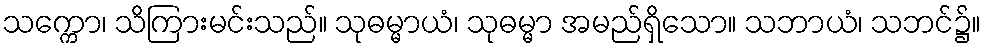
သက္ကော၊ သိကြားမင်းသည်။ သုဓမ္မာယံ၊ သုဓမ္မာ အမည်ရှိသော။ သဘာယံ၊ သဘင်၌။